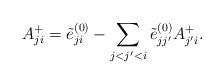
LaTeX: \begin{align*} A^+_{ji}=\tilde{e}^{(0)}_{ji}-\sum_{j<j'<i}\tilde{e}^{(0)}_{jj'}A^+_{j'i}.\end{align*}